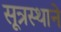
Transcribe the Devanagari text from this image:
सूत्रस्थाने